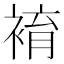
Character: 䘻